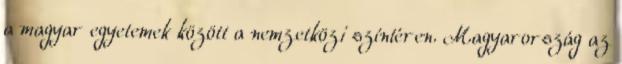
a magyar egyetemek között a nemzetközi színtéren. Magyarország az